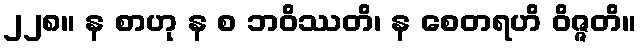
၂၂၈။ န စာဟု န စ ဘဝိဿတိ၊ န စေတရဟိ ဝိဇ္ဇတိ။